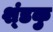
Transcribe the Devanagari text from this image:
श्ंडकु